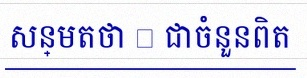
សន្មតថា x ជាចំនួនពិត